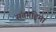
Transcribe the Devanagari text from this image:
संतमहिमा